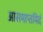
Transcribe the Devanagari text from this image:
आसमाप्तमिदं